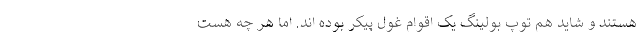
هستند و شاید هم توپ بولینگ یک اقوام غول پیکر بوده اند. اما هر چه هست